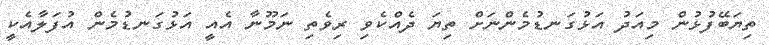
ތިޔަބޭފުޅުން މިއަދު އަޅުގަނޑުމެންނަށް ތިޔަ ދެއްކެވި ރިވެތި ނަމޫނާ އެއީ އަޅުގަނޑުމެން އުފަލާއެކީ